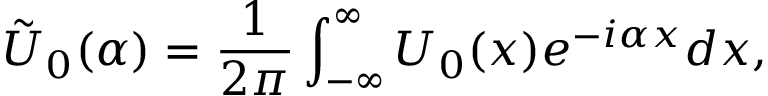
\tilde { U } _ { 0 } ( \alpha ) = \frac { 1 } { 2 \pi } \int _ { - \infty } ^ { \infty } U _ { 0 } ( x ) e ^ { - i \alpha x } d x ,